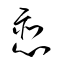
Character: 恋